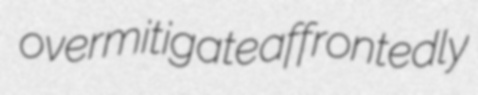
overmitigate affrontedly